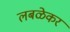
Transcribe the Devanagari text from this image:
लबळेकर